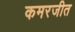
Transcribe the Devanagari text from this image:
कमरजीत